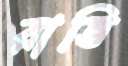
রাভি